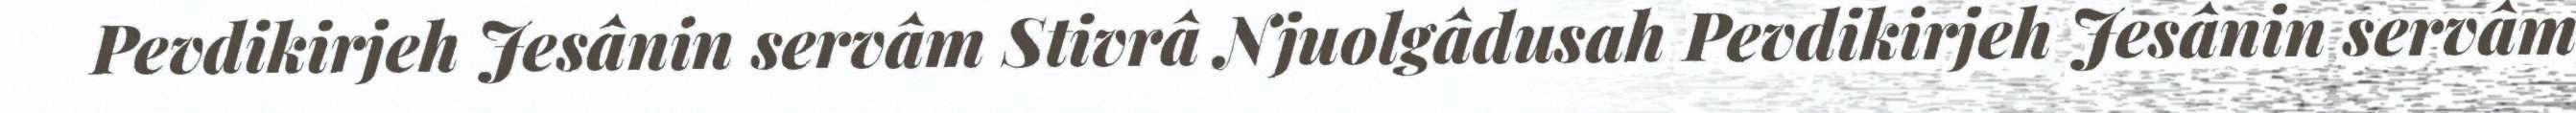
Pevdikirjeh Jesânin servâm Stivrâ Njuolgâdusah Pevdikirjeh Jesânin servâm